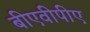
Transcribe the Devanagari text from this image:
बीएवीपीए